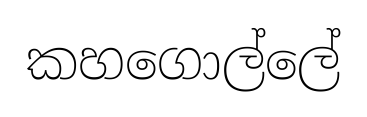
කහගොල්ලේ